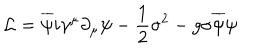
LaTeX: { \cal L } = \overline { { { \psi } } } i \gamma ^ { \mu } \partial _ { \mu } \psi - \frac { 1 } { 2 } { \sigma } ^ { 2 } - g \sigma \overline { { { \psi } } } \psi